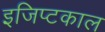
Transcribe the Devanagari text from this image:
इजिप्टकाल